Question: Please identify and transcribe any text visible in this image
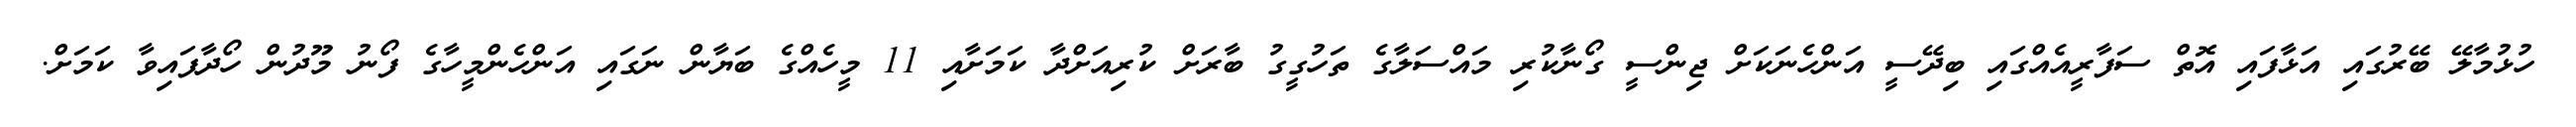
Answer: ހުޅުމާލޭ ބޭރުގައި އަޅާފައި އޮތް ސަފާރީއެއްގައި ބިދޭސީ އަންހެނަކަށް ޖިންސީ ގޯނާކުރި މައްސަލާގެ ތަހުގީގު ބާރަށް ކުރިއަށްދާ ކަމަށާއި 11 މީހެއްގެ ބަޔާން ނަގައި އަންހެންމީހާގެ ފޯނު މޫދުން ހޯދާފައިވާ ކަމަށް.